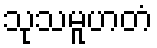
သုသမူဟတံ